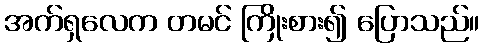
အက်ရှလေက တမင် ကြိုးစား၍ ပြောသည်။